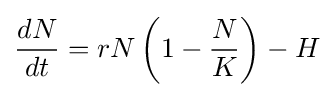
{\frac {dN}{dt}}=rN\left(1-{\frac {N}{K}}\right)-H